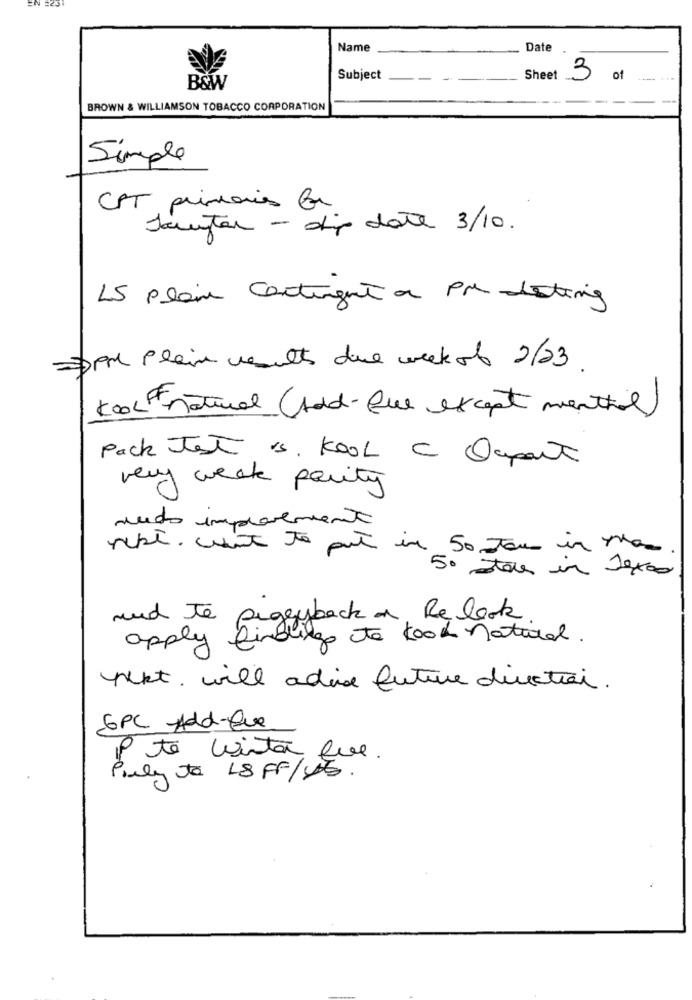
EN #23
Name
Date
Subject
Sheet
3 of
B&W
BROWN & WILLIAMSON TOBACCO CORPORATION
Simple
CPT primaries fr
tauntar - dip date 3/10.
15 plain Contingent a PM letting
Appl Plein results due week of 2/23 .
Kool natural (Add- Que except menthol)
Pack Jest is. KOOL C Oupart
very weak party
sudo improvement
pepe. went to put in 50 ou in the
5. Stores in Texas
und Te piggyback on, Re look.
apply finding the food national.
nekt. will advice future direction.
6PC -Add-Que
P te winter que.
Pauly ta 18 FF/Db.